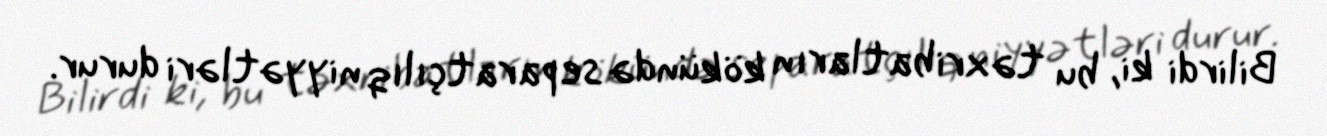
Bilirdi ki, bu təxribatların kökündə separatçılıq niyyətləri durur.